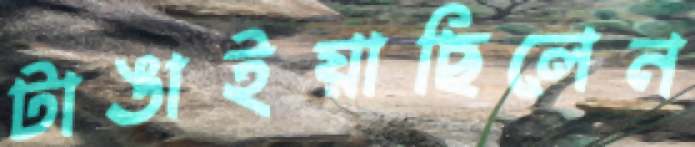
টাঙাইয়াছিলেন